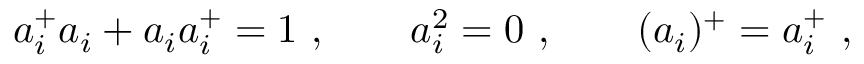
a _ { i } ^ { + } a _ { i } + a _ { i } a _ { i } ^ { + } = 1 \ , \qquad a _ { i } ^ { 2 } = 0 \ , \qquad ( a _ { i } ) ^ { + } = a _ { i } ^ { + } \ ,